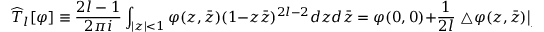
{ \widehat T } { } _ { l } [ \varphi ] \equiv \frac { 2 l - 1 } { 2 \pi i } \int _ { | z | < 1 } \varphi ( z , \bar { z } ) ( 1 - z \bar { z } ) ^ { 2 l - 2 } d z d \bar { z } = \varphi ( 0 , 0 ) + \frac { 1 } { 2 l } \left. \bigtriangleup \varphi ( z , \bar { z } ) \right| _ { \scriptstyle z = \bar { z } = 0 } + { \cal O } ( l ^ { - 2 } )